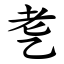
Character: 㐗